Vaccination in Burma 1920-1933 - 1920-1933
Year: 1920
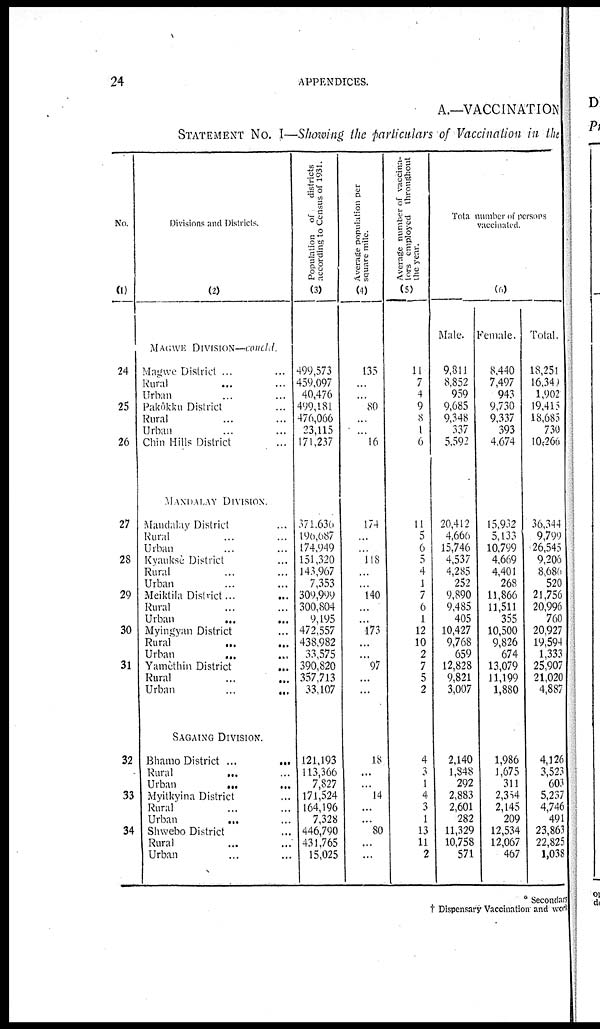
24
APPENDICES.
A.—VACCINATION
STATEMENT NO. I—Showing the particulars of Vaccination in the
No.
(1)
24
25
26
27
28
29
30
31
32
33
34
Divisions and Districts.
(2)
MAGWE DIVISION—concld.
Magwe District ... ...
Rural ... ...
Urban ... ...
Pakôkku District ...
Rural ... ...
Urban ... ...
Chin Hills District ...
MANDALAY DIVISION.
Mandalay District ...
Rural ... ...
Urban ... ...
Kyauksè District ...
Rural ... ...
Urban ... ...
Meiktila District...
...
Rural ... ...
Urban
...
...
Myingyan District ...
Rural ... ...
Urban
... ...
Yamèthin District
...
Rural ... ...
Urban
...
...
SAGAING DIVISION.
Bhamo District ...
...
Rural
... ...
Urban
... ...
Myitkyina District ...
Rural ... ...
Urban
... ...
Shwebo District ...
Rural ... ...
Urban ... ...
Population of
districts
according to Census of 1931.
(3)
499,573
459,097
40,476
499,181
476,066
23,115
171,237
371,636
190,687
174,949
151,320
143,967
7,353
309,999
300,804
9,195
472,557
438,982
33,575
390,820
357,713
33,107
121,193
113,366
7,827
171,524
164,196
7,328
446,790
431,765
15,025
Average population per
square mile.
(4)
135
...
...
80
...
...
16
174
...
...
...
...
...
140
...
...
173
...
...
97
...
...
18
...
...
14
...
...
80
...
...
Average number of vaccina-
tors employed throughout
the year.
(5)
11
7
4
9
8
1
6
11
5
6
5
4
1
7
6
1
12
10
2
7
5
2
4
3
1
4
3
1
13
11
2
Total number of persons
vaecinated.
(6)
Male.
9,811
8,852
959
9,685
9,348
337
5,592
20,412
4,666
15,746
4,537
4,285
252
9,890
9,485
405
10,427
9,768
659
12,828
9,821
3,007
2,140
1,848
292
2,883
2,601
282
11,329
10,758
571
Female.
8,440
7,497
943
9,730
9,337
393
4,674
15,932
5,133
10,799
4,669
4,401
268
11,866
11,511
355
10,500
9,826
674
13,079
11,199
1,880
1,986
1,675
311
2,354
2,145
209
12,534
12,067
467
Total.
18,251
16,340
1,902
19,415
18,685
730
10,266
36,344
9,799
26,545
9,206
8,686
520
21,756
20,996
760
20,927
19,594
1,333
25,907
21,020
4,887
4,126
3,523
603
5,237
4,746
491
23,863
22,825
1,038
* Secondary
† Dispensary Vaccination and work